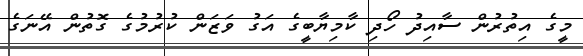
މީގެ އިތުރުން ސާއިދު ހޯދި ކާމިޔާބީގެ އަގު ވަޒަން ކުރުމުގެ ގޮތުން އޭނަގެ